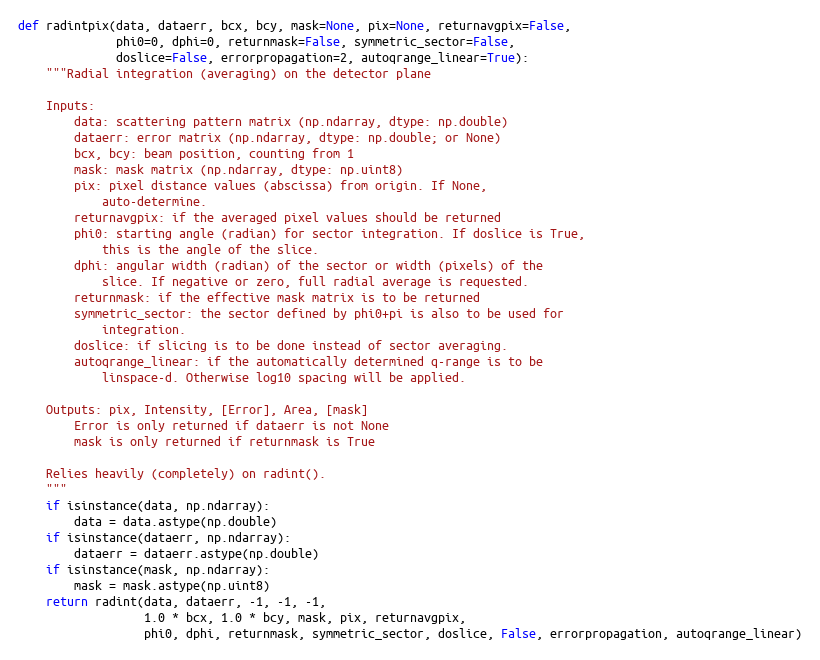
Language: Python
def radintpix(data, dataerr, bcx, bcy, mask=None, pix=None, returnavgpix=False,
              phi0=0, dphi=0, returnmask=False, symmetric_sector=False,
              doslice=False, errorpropagation=2, autoqrange_linear=True):
    """Radial integration (averaging) on the detector plane

    Inputs:
        data: scattering pattern matrix (np.ndarray, dtype: np.double)
        dataerr: error matrix (np.ndarray, dtype: np.double; or None)
        bcx, bcy: beam position, counting from 1
        mask: mask matrix (np.ndarray, dtype: np.uint8)
        pix: pixel distance values (abscissa) from origin. If None,
            auto-determine.
        returnavgpix: if the averaged pixel values should be returned
        phi0: starting angle (radian) for sector integration. If doslice is True,
            this is the angle of the slice.
        dphi: angular width (radian) of the sector or width (pixels) of the
            slice. If negative or zero, full radial average is requested.
        returnmask: if the effective mask matrix is to be returned
        symmetric_sector: the sector defined by phi0+pi is also to be used for
            integration.
        doslice: if slicing is to be done instead of sector averaging.
        autoqrange_linear: if the automatically determined q-range is to be
            linspace-d. Otherwise log10 spacing will be applied.

    Outputs: pix, Intensity, [Error], Area, [mask]
        Error is only returned if dataerr is not None
        mask is only returned if returnmask is True

    Relies heavily (completely) on radint().
    """
    if isinstance(data, np.ndarray):
        data = data.astype(np.double)
    if isinstance(dataerr, np.ndarray):
        dataerr = dataerr.astype(np.double)
    if isinstance(mask, np.ndarray):
        mask = mask.astype(np.uint8)
    return radint(data, dataerr, -1, -1, -1,
                  1.0 * bcx, 1.0 * bcy, mask, pix, returnavgpix,
                  phi0, dphi, returnmask, symmetric_sector, doslice, False, errorpropagation, autoqrange_linear)